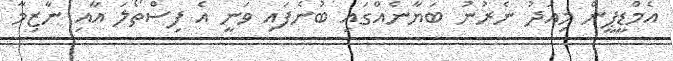
އެމްޑީޕީން މިއަދު ނެރުނު ބަޔާނެއްގައި ބުނެފައި ވަނީ އެ ފިސްތޯލަ އާއި ނާޒިމާ